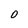
Character: 0